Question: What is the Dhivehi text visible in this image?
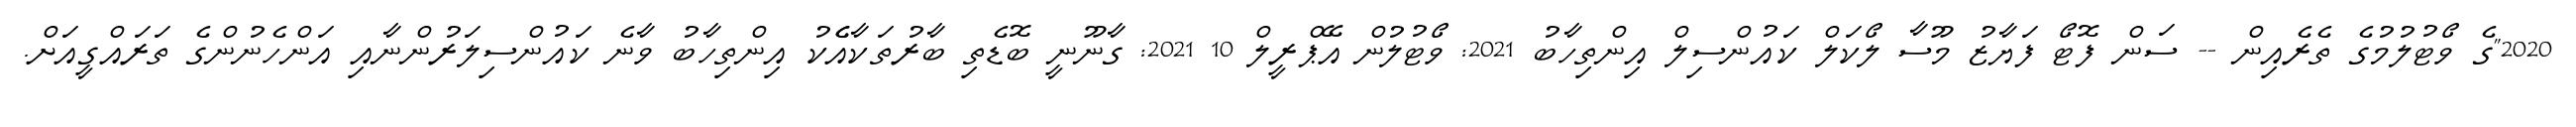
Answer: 2020"ގެ ވޯޓުލުމުގެ ތެރެއިން -- ސަން ފޮޓޯ ފަޔާޒު މޫސާ ލޯކަލް ކައުންސިލް އިންތިހާބު 2021: ވޯޓުލުން އޭޕްރީލް 10 2021: ގާނޫނީ ބޮޑެތި ބާރުތަކާއެެކު އިންތިހާބު ވާނެ ކައުންސިލަރުންނާއި އަންހެނުންގެ ތަރައްގީއަށް.